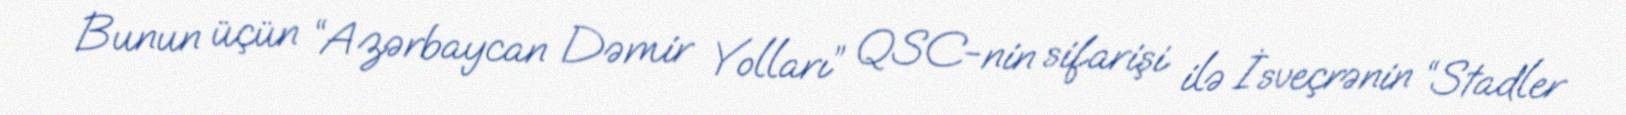
Bunun üçün “Azərbaycan Dəmir Yolları” QSC-nin sifarişi ilə İsveçrənin “Stadler